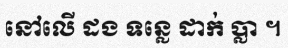
នៅលើ ដង ទន្លេ ដាក់ ប្លា ។